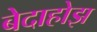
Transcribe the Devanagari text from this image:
बेदाहोझ